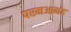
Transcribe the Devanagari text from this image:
परमआनंद